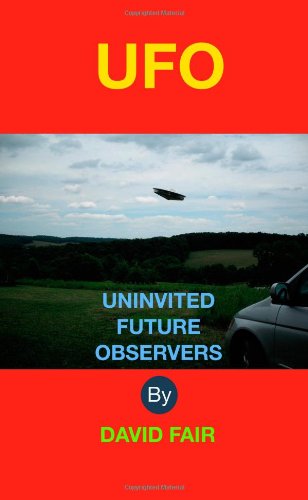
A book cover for Uninvited Future Observers; David Robinson Fair; Science & Math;